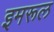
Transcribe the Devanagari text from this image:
इमरूल